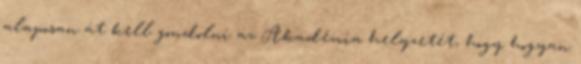
alaposan át kell gondolni az Akadémia helyzetét, hogy hogyan